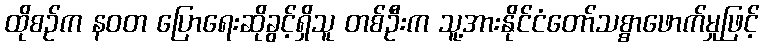
ထိုစဉ်က နဝတ ပြောရေးဆိုခွင့်ရှိသူ တစ်ဦးက သူ့အားနိုင်ငံတော်သစ္စာဖောက်မှုဖြင့်